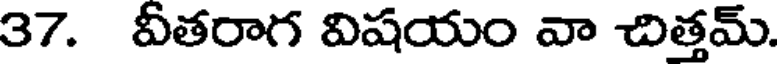
37. వీతరాగ విషయం వా చిత్తమ్.